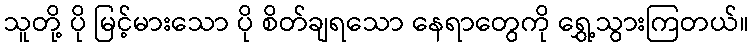
သူတို့ ပို မြင့်မားသော ပို စိတ်ချရသော နေရာတွေကို ရွှေ့သွားကြတယ်။